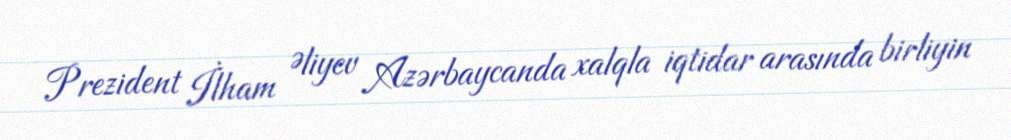
Prezident İlham Əliyev Azərbaycanda xalqla iqtidar arasında birliyin